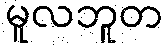
မူလဘူတ